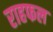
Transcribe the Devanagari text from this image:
राहफल